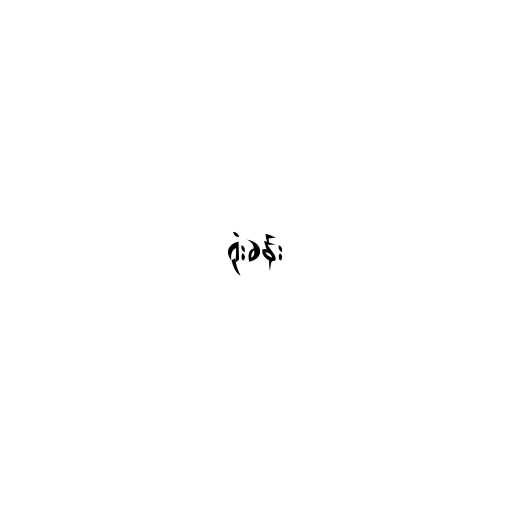
ရုံးခန်း